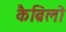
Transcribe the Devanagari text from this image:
कैब्रिलो